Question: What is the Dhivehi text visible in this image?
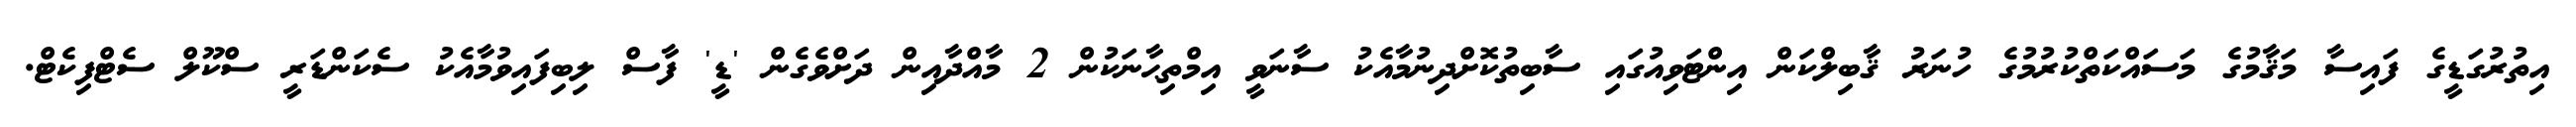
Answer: އިތުރުގަޑީގެ ފައިސާ މަޤާމުގެ މަސައްކަތްކުރުމުގެ ހުނަރު ޤާބިލްކަން އިންޓަވިއުގައި ސާބިތުކޮށްދިނުމާއެކު ސާނަވީ އިމްތިޙާނަކުން 2 މާއްދާއިން ދަށްވެގެން 'ޑީ' ފާސް ލިބިފައިވުމާއެކު ސެކަންޑަރީ ސްކޫލް ސެޓްފިކެޓް.